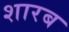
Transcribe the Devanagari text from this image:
शारब